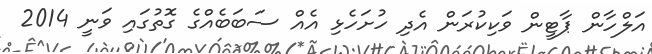
އަލްހާން ޕާޓީން ވަކިކުރަން އެދި ހުށަހެޅި އެއް ސަބަބެއްގެ ގޮތުގައި ވަނީ 2014